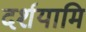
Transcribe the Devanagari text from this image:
दर्शयामि